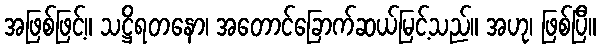
အဖြစ်ဖြင့်။ သဋ္ဌိရတနော၊ အတောင်ခြောက်ဆယ်မြင့်သည်။ အဟု၊ ဖြစ်ပြီ။